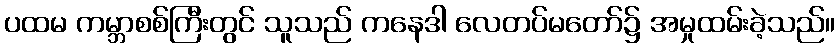
ပထမ ကမ္ဘာစစ်ကြီးတွင် သူသည် ကနေဒါ လေတပ်မတော်၌ အမှုထမ်းခဲ့သည်။